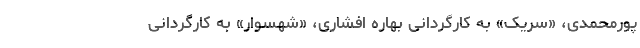
پورمحمدی، «سریک» به کارگردانی بهاره افشاری، «شهسوار» به کارگردانی